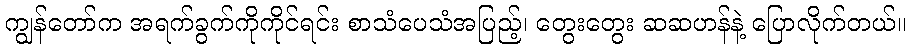
ကျွန်တော်က အရက်ခွက်ကိုကိုင်ရင်း စာသံပေသံအပြည့်၊ တွေးတွေး ဆဆဟန်နဲ့ ပြောလိုက်တယ်။